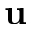
\mathbf { u }